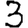
Digit: 3